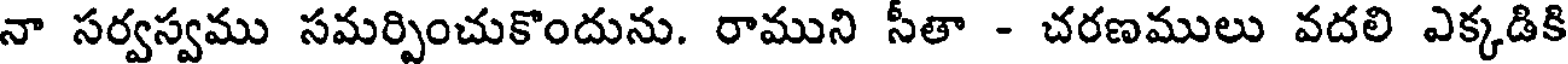
నా సర్వస్వము సమర్పించుకొందును. రాముని సీతా - చరణములు వదలి ఎక్కడికి